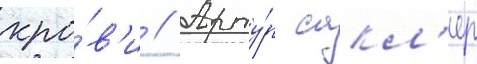
кро́в'и // Арту́р сакл'ер